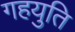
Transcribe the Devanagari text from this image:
गहयुति